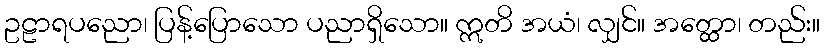
ဥဠာရပညော၊ ပြန့်ပြောသော ပညာရှိသော။ ဣတိ အယံ၊ လျှင်။ အတ္ထော၊ တည်း။